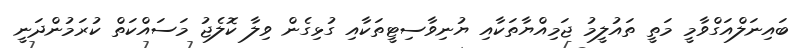
ބައިނަލްއަގްވާމީ މަތީ ތައުލީމު ޖަމިއްޔާތަކާއި ޔުނިވާސިޓީތަކާއި ގުޅިގެން ވިލާ ކޮލެޖު މަސައްކަތް ކުރަމުންދަނީ